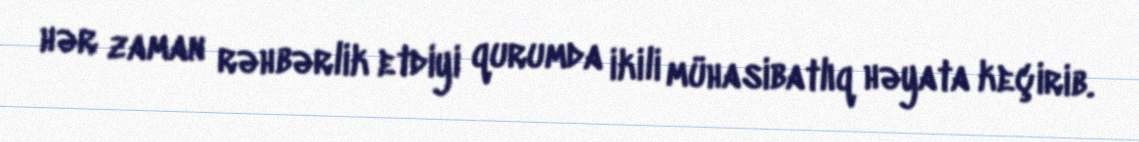
hər zaman rəhbərlik etdiyi qurumda ikili mühasibatlıq həyata keçirib.